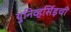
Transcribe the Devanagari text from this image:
युनिव्हर्सिड़ची